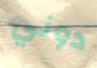
دوني